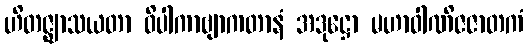
ဟိတဇ္ဈာသယတာ ဝိပါကာဗျာကတာနံ အဒုဋ္ဌော မဟာဝါဏိဇဇာတကံ